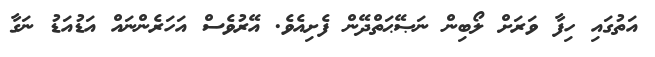
އަތުގައި ހިފާ ވަރަށް ލޯބިން ނަޞޭޙަތްދޭން ފެށިއެވެ. އޭރުވެސް އަހަރެންނައް އަޑުއަޑު ނަގާ